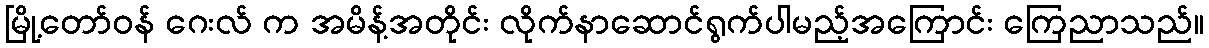
မြို့တော်ဝန် ဂေးလ် က အမိန့်အတိုင်း လိုက်နာဆောင်ရွက်ပါမည့်အကြောင်း ကြေညာသည်။